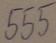
Text: 555